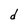
Character: d